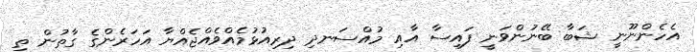
އެހެންނޫނީ ޝަބާ ބޭނުންވަނީ ފައިސާ އާއި މުއްސަނދި ދިރިއުޅުމެއްވެއްޖެއްޔާ އަހަރެންގެ ގާތުން ތި